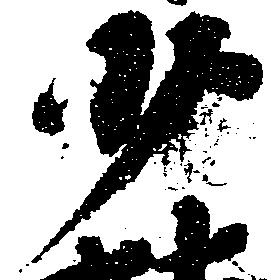
少